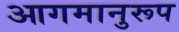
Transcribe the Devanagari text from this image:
आगमानुरूप